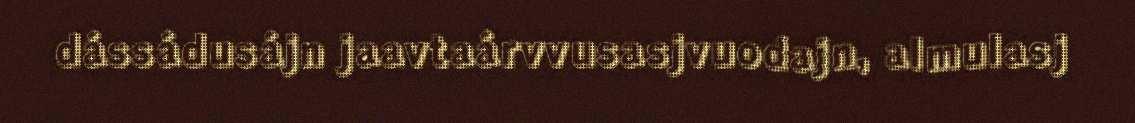
dássádusájn jaavtaárvvusasjvuodajn, almulasj